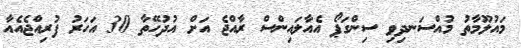
މައުލޫމާތު މުއްސަނދިވި ސިންގަޕޯ އެއާލައިންސް ރާއްޖެ އަށް އުދުހޭތާ 30 އަހަރު ފުރިއްޖެއެއާ